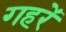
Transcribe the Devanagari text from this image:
गहरें